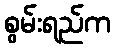
စွမ်းရည်က